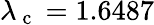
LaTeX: \lambda_{\mathrm{~c~}}=1.6487